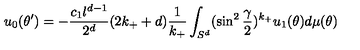
u _ { 0 } ( \theta ^ { \prime } ) = - { \frac { c _ { 1 } l ^ { d - 1 } } { 2 ^ { d } } } ( 2 k _ { + } + d ) { \frac { 1 } { k _ { + } } } \int _ { S ^ { d } } ( \sin ^ { 2 } { \frac { \gamma } { 2 } } ) ^ { k _ { + } } u _ { 1 } ( \theta ) d \mu ( \theta ) ~